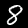
Digit: 8